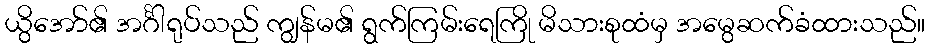
ယွိအော်၏ အင်္ဂါရုပ်သည် ကျွန်မ၏ ရွက်ကြမ်းရေကြို မိသားစုထံမှ အမွေဆက်ခံထားသည်။